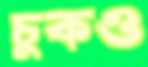
চুকও